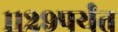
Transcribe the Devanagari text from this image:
११२९पर्यंत